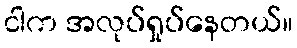
ငါက အလုပ်ရှုပ်နေတယ်။